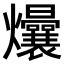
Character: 𬋟